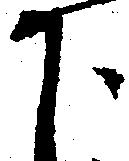
下